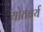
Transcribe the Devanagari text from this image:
योतबर्य